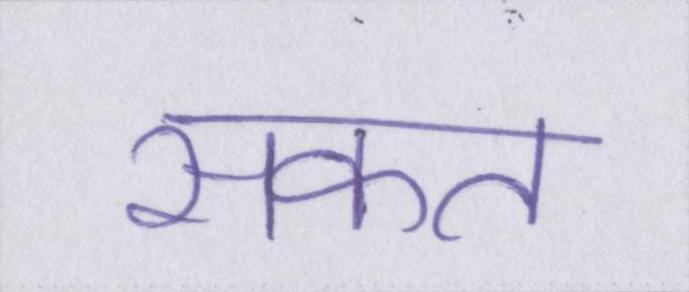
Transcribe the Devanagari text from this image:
सकत